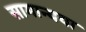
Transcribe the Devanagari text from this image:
सामान्यया